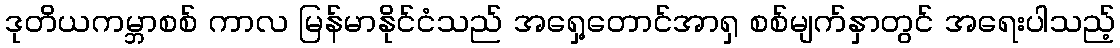
ဒုတိယကမ္ဘာစစ် ကာလ မြန်မာနိုင်ငံသည် အရှေ့တောင်အာရှ စစ်မျက်နှာတွင် အရေးပါသည့်